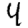
Digit: 4